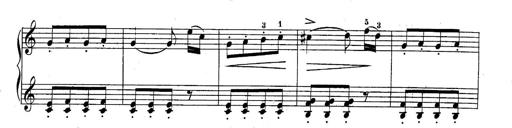
Title: 10 Sonatines progressives
Composer: Anton Schmoll